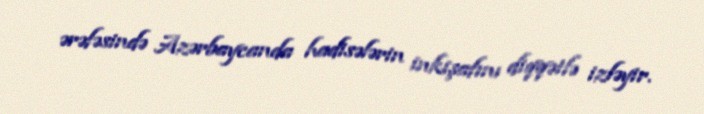
ərəfəsində Azərbaycanda hadisələrin inkişafını diqqətlə izləyir.